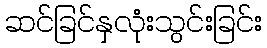
ဆင်ခြင်နှလုံးသွင်းခြင်း